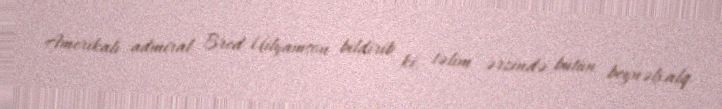
Amerikalı admiral Bred Uilyamson bildirib ki, təlim ərzində bütün beynəlxalq